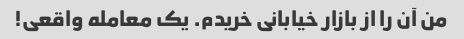
من آن را از بازار خیابانی خریدم. یک معامله واقعی!